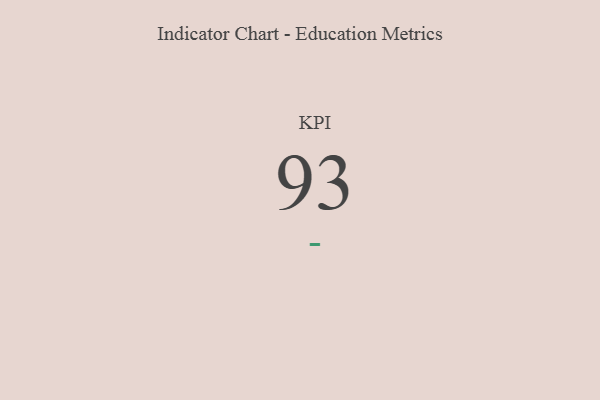
{"axis": {"x": "KPI", "y": "Value"}, "legend": [""], "data": [{"x": "KPI", "y": 93, "type": ""}]}